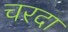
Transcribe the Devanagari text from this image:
चरदा